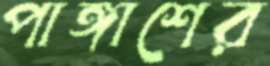
পাঙ্গাশের